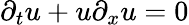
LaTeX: \partial_{t}u+u\partial_{x}u=0